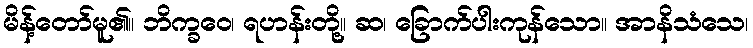
မိန့်တော်မူ၏။ ဘိက္ခဝေ၊ ရဟန်းတို့။ ဆ၊ ခြောက်ပါးကုန်သော။ အာနိသံသေ၊